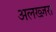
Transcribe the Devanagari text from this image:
अलख्ज़रा